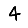
Digit: 4